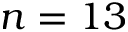
n = 1 3